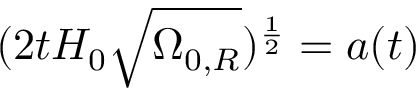
( 2 t H _ { 0 } { \sqrt { \Omega _ { 0 , R } } } ) ^ { \frac { 1 } { 2 } } = a ( t )